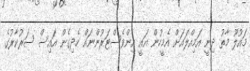
މައުލޫ މާތު ދިނީ އަމިއްލައަށް އެމީހުން އައީ އިންވެސްޓަރުންނައް ހެދިގެން އައިސް ސަރުކާރުގެ